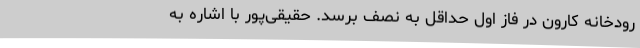
رودخانه کارون در فاز اول حداقل به نصف برسد. حقیقی‌پور با اشاره به